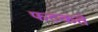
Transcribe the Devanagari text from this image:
फटकते